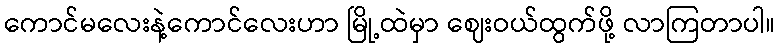
ကောင်မလေးနဲ့ကောင်လေးဟာ မြို့ထဲမှာ ဈေးဝယ်ထွက်ဖို့ လာကြတာပါ။